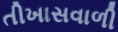
તીખાસવાળી